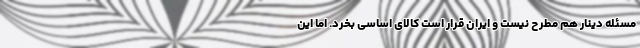
مسئله دینار هم مطرح نیست و ایران قرار است کالای اساسی بخرد. اما این